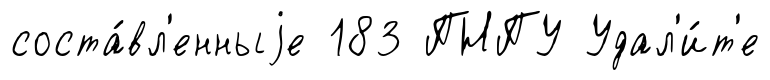
соста́вл'енныjе 183 ПНПУ Удал'и́т'е